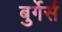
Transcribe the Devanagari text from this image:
बुर्गेर्स